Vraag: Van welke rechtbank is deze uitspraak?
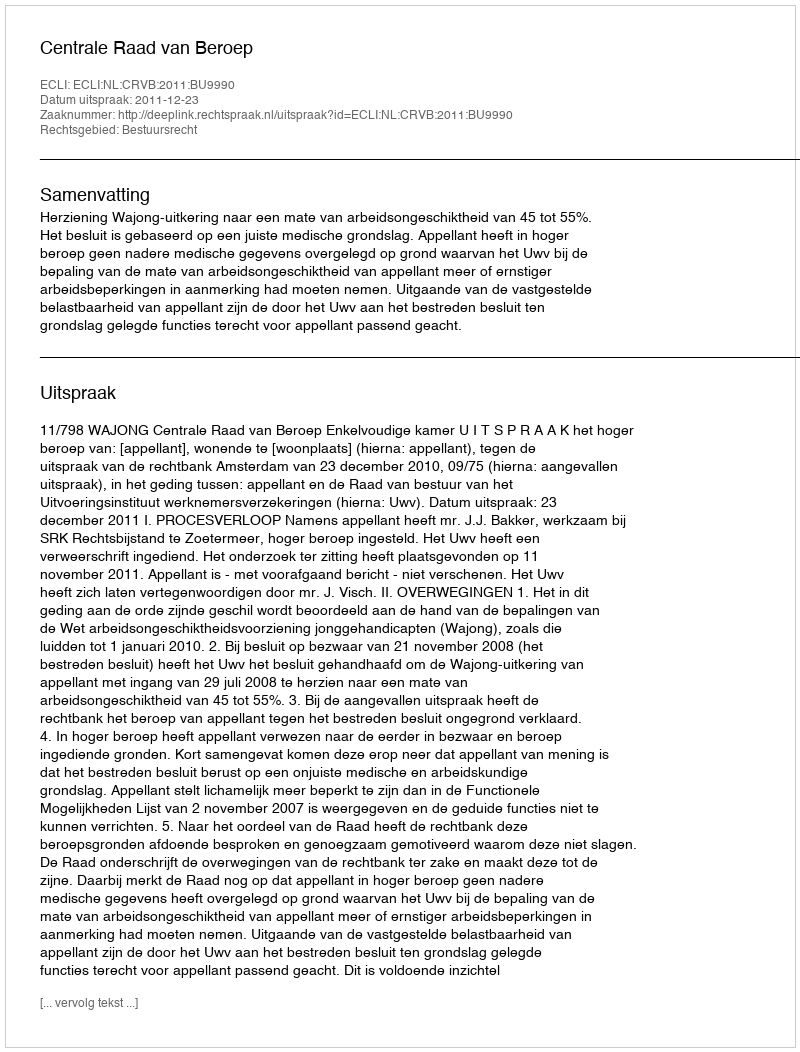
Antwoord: Centrale Raad van Beroep